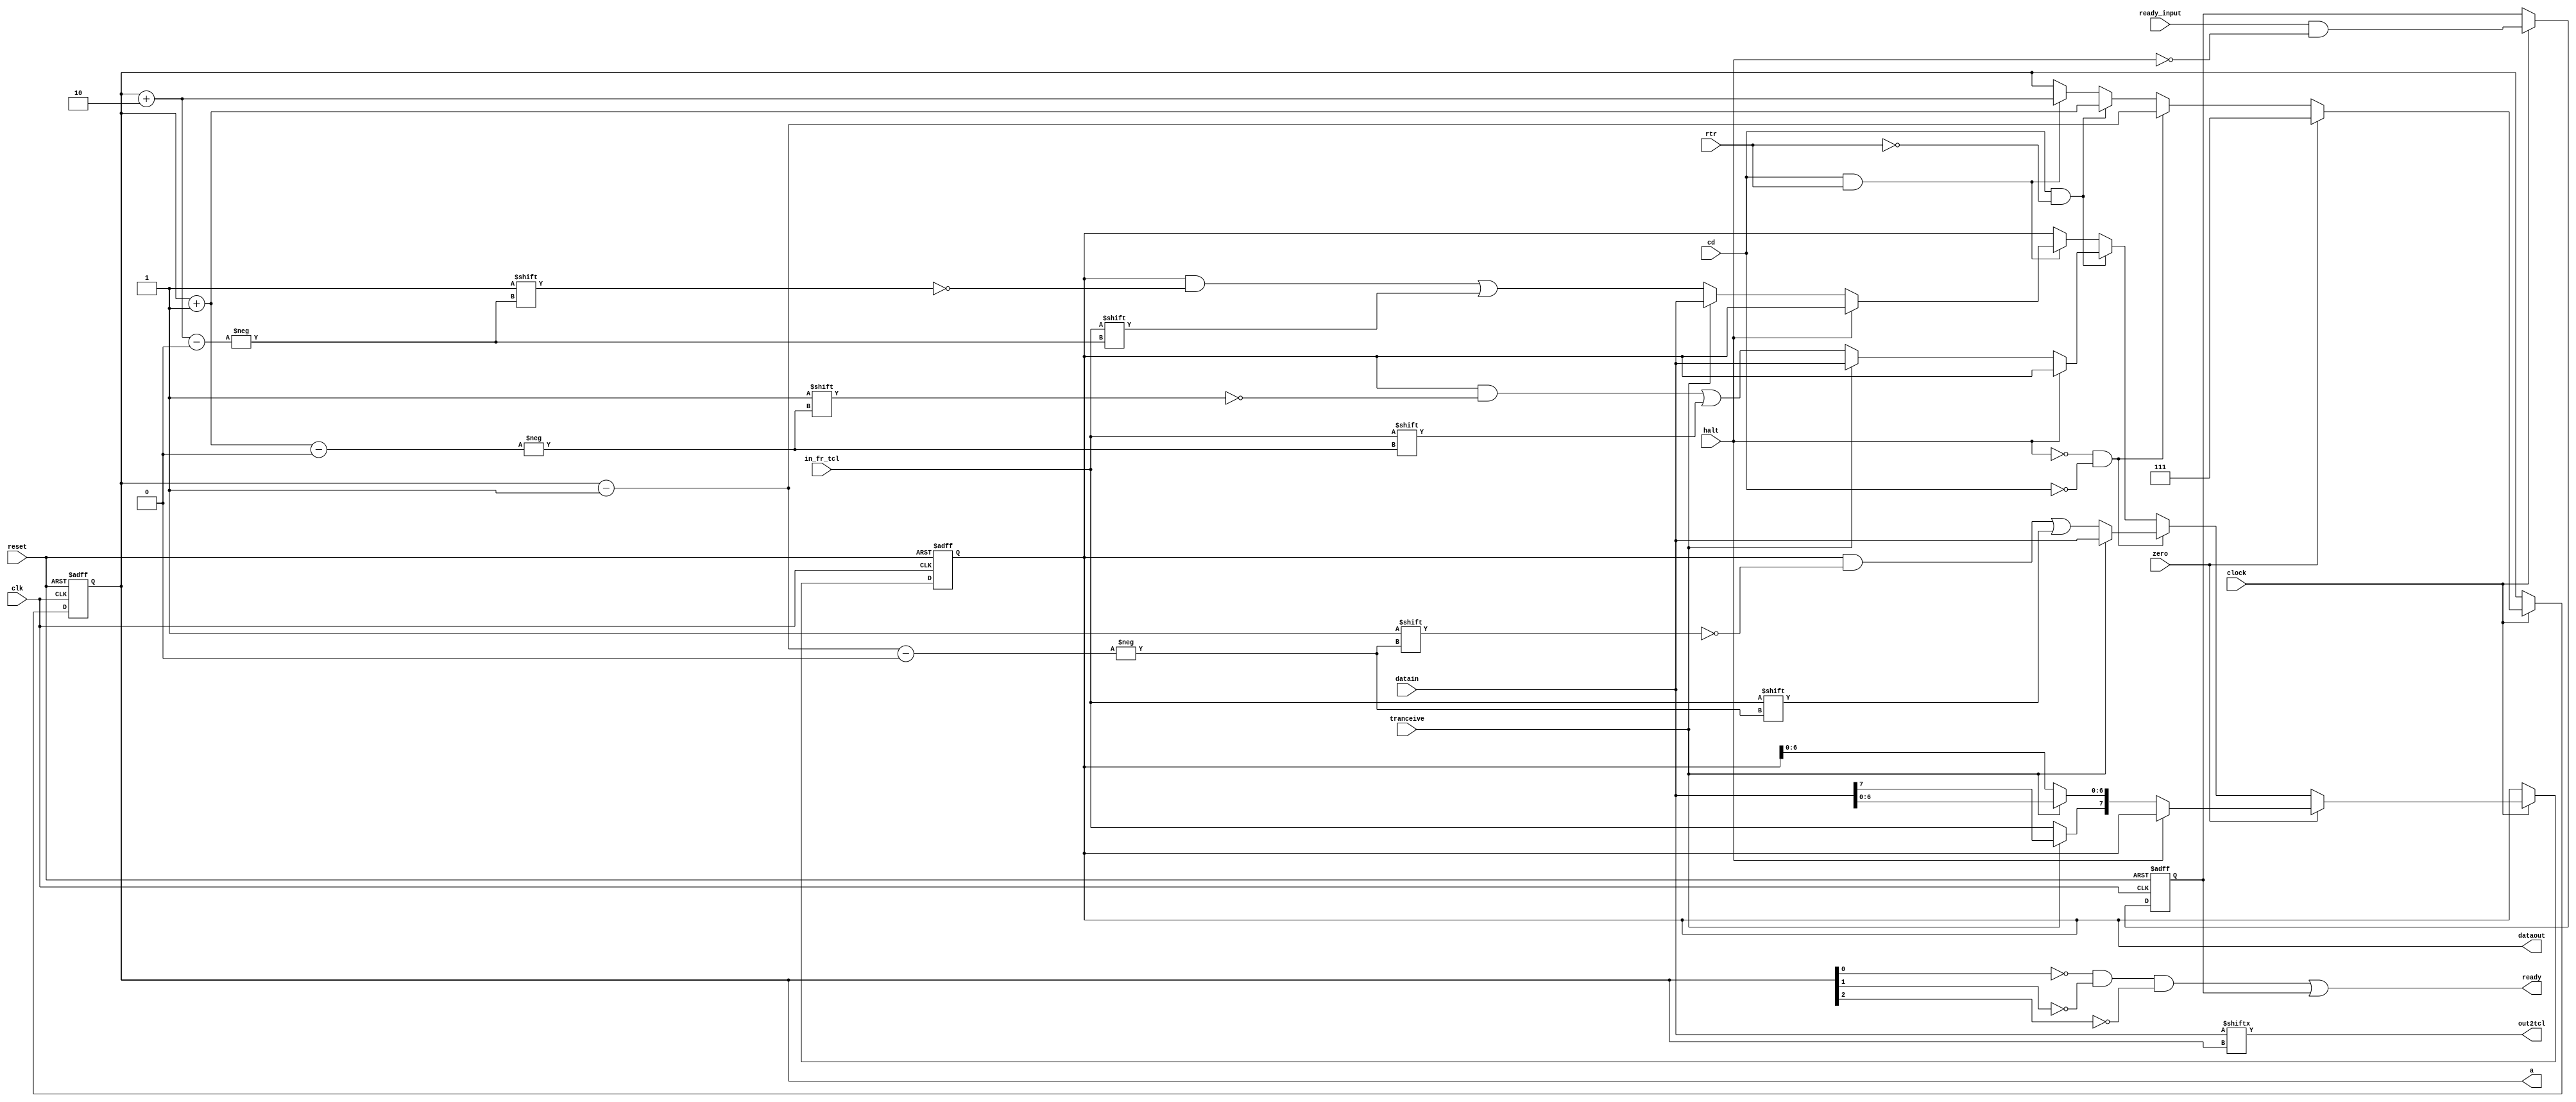
//+ ---------------------------------------------------------------------
//+
//+ Copyright (c) 1999-2003 FhG IPMS (Fraunhofer Institute of Photonic
//+ Microsystems, Dresden, Germany)
//+
//+ Please review the terms of the license agreement before using this
//+ file.  If you are not an authorized user, please destroy this source
//+ file and notify FhG IPMS immediately that you inadvertently 
//+ received an unauthorized copy.
//+ ---------------------------------------------------------------------
//+
//+  Project       : Basic CAN
//+
//+  File          : bsp.v
//+  Dependencies  : none
//+
//+  Model Type:   : Synthesizable core
//+
//+  Description   : CAN Controller Modules (Basic CAN version)
//+
//+  Designer      : BS
//+
//+  QA Engineer   : NA
//+
//+  Creation Date : 30-Oct-2002
//+
//+  Last Update   : 10-Jan-2007
//+
//+  Version       : 2V18N00S00
//+ ---------------------------------------------------------------------
//+
//+ $Id: bsp.v,v 1.4.2.6 2007/01/22 13:54:01 schneide Exp $
`timescale 1ns/10ps
module bsp (
  out2tcl,	//+ serialized data from TransBuf 	-> to TCL
  ready,	//+ BSP-Reg complete and ready from TCL -> to IML,MM
  dataout,	//+ BSP-Reg 				-> to IML,Mem
  a,		//+ Pointer selects bitposition in the BSP-Reg	-> to IML
  clk,		//+ system clock
  datain,	//+ databyte to transmit 		<- from TransBuf
  reset,	//+ =1 ->reset_request (HW and SW-reset)<- from IML
  halt,		//+ =1 ->bit not load into BSP-Reg	<- from TCL
  clock,	//+ bittime clock enable		<- from BTL
  tranceive,	//+ =1 ->transmitting is active		<- from TCL
  in_fr_tcl,	//+ rx data from TCL			<- from TCL
  zero,		//+ =1 ->set a=7 (new frame area)	<- from TCL
  ready_input,	//+ =1 ->ready from TCL			<- from TCL
  cd,		//+ =1 ->change direction (Rec<->Trans)	<- from TCL
  rtr		//+ =1 ->RTR bit			<- from TCL
  );
output out2tcl;
output ready;
output[7:0] dataout;
output[2:0] a;
input clk;
input [7:0] datain;
input reset;
input halt;
input clock;
input tranceive;
input in_fr_tcl;
input zero;
input ready_input;
input cd;
input rtr;
reg[7:0] dataout;
reg [2:0] a;
reg ready_reg;
wire ready,ready_int;		
wire out2tcl;		
wire [2:0] a_minus;            
wire [2:0] a_plus1;            
wire [2:0] a_plus2;            
assign a_minus = a - 3'b001;   
assign a_plus1 = a + 3'b001;   
assign a_plus2 = a + 3'b010;   
always@(posedge reset or posedge clk)
  begin
    if (reset==1'b1)
      begin
	a<=3'b111;
	dataout<=8'b00000000;
	ready_reg<=1'b0;
      end
    else
      begin
        if(clock==1'b1)
          begin
	    ready_reg<=ready_input&!halt;		
	    if(zero==1'b1)	
              begin		
	        if((halt==1'b0))
	          begin
		    if(tranceive==1'b0)	
		      dataout[7]<=in_fr_tcl;	
		    else		
		      dataout[7:0]<=datain[7:0]; 	
	          end
                else;
                a<=3'b111;
              end	
	    else
	      begin
	        if((halt==1'b0)&(cd==1'b0))	
                  begin				
		    if(tranceive==1'b0)	
                      dataout[ a_minus]<=in_fr_tcl;       
		    else		
		      dataout[7:0]<=datain[7:0];
		    a<=a-3'b001;
                  end
	        else if((cd==1'b1)&(rtr==1'b0))
                  begin
	            if((halt==1'b0))
	              begin
		        if(tranceive==1'b0)	
                          dataout[ a_plus1]<=in_fr_tcl;	
		        else		
		          dataout[7:0]<=datain[7:0];
	              end
	            else;
		    a<=a+3'b001;
                  end	
		else if((cd==1'b1)&(rtr==1'b1)) 
                  begin
	            if((halt==1'b0))
	              begin
		        if(tranceive==1'b0)	
                          dataout[ a_plus2]<=in_fr_tcl;   
		        else		
		          dataout[7:0]<=datain[7:0];
	              end
	            else;
		    a<=a+3'b010;
                  end	
		else;		
	      end
          end	
        else;	
      end	
  end		
assign out2tcl=datain[a];
assign ready_int=!a[0]&!a[1]&!a[2];	
assign ready=ready_int|ready_reg;	
endmodule